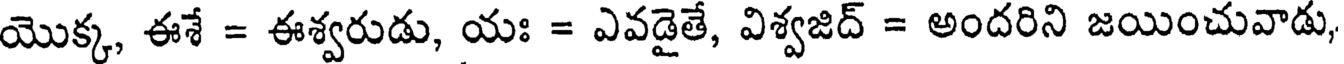
యొక్క, ఈశే = ఈశ్వరుడు, యః = ఎవడైతే, విశ్వజిద్ = అందరిని జయించువాడు,